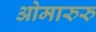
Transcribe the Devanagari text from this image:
ओमारुरु